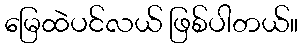
မြေထဲပင်လယ် ဖြစ်ပါတယ်။